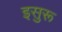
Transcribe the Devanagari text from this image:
इसुरू